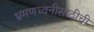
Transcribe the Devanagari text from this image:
भ्रमणध्वनीसाठीची